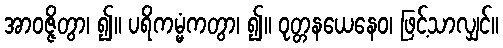
အာဝဇ္ဇိတွာ၊ ၍။ ပရိကမ္မံကတွာ၊ ၍။ ဝုတ္တနယေနေဝ၊ ဖြင့်သာလျှင်။